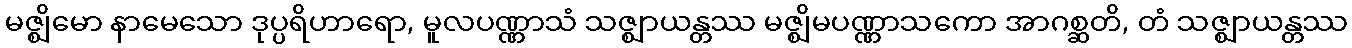
မဇ္ဈိမော နာမေသော ဒုပ္ပရိဟာရော, မူလပဏ္ဏာသံ သဇ္ဈာယန္တဿ မဇ္ဈိမပဏ္ဏာသကော အာဂစ္ဆတိ, တံ သဇ္ဈာယန္တဿ